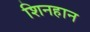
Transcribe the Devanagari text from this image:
शिनहान